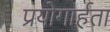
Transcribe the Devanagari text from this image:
प्रयोगार्हता